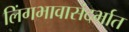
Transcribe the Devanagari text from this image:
लिंगभावासंदर्भात